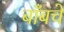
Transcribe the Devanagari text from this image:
बाँबचे